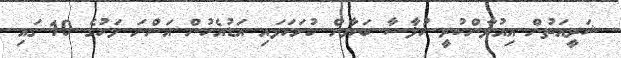
ޝަރީއަތުން އިއުލާންކުރީ ޚުލާސާ ބަޔާން ހުށަހަޅައި އަޑުއެހުން އަންނަ މަހުގެ 10 ގައި